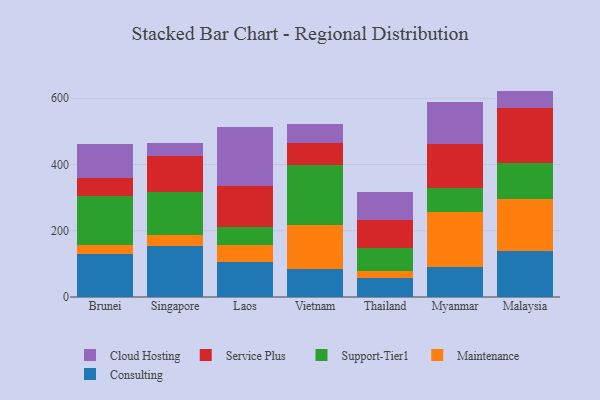
{"axis": {"x": "Country", "y": "Conversion Rate (%)"}, "legend": ["Cloud Hosting", "Consulting", "Maintenance", "Service Plus", "Support-Tier1"], "data": [{"x": "Brunei", "y": 130.1, "type": "Consulting"}, {"x": "Brunei", "y": 27.2, "type": "Maintenance"}, {"x": "Brunei", "y": 146.2, "type": "Support-Tier1"}, {"x": "Brunei", "y": 55.3, "type": "Service Plus"}, {"x": "Brunei", "y": 103.5, "type": "Cloud Hosting"}, {"x": "Singapore", "y": 154.2, "type": "Consulting"}, {"x": "Singapore", "y": 34.0, "type": "Maintenance"}, {"x": "Singapore", "y": 129.0, "type": "Support-Tier1"}, {"x": "Singapore", "y": 110.0, "type": "Service Plus"}, {"x": "Singapore", "y": 38.7, "type": "Cloud Hosting"}, {"x": "Laos", "y": 104.5, "type": "Consulting"}, {"x": "Laos", "y": 52.8, "type": "Maintenance"}, {"x": "Laos", "y": 52.7, "type": "Support-Tier1"}, {"x": "Laos", "y": 125.4, "type": "Service Plus"}, {"x": "Laos", "y": 176.5, "type": "Cloud Hosting"}, {"x": "Vietnam", "y": 85.2, "type": "Consulting"}, {"x": "Vietnam", "y": 132.3, "type": "Maintenance"}, {"x": "Vietnam", "y": 180.0, "type": "Support-Tier1"}, {"x": "Vietnam", "y": 67.3, "type": "Service Plus"}, {"x": "Vietnam", "y": 57.6, "type": "Cloud Hosting"}, {"x": "Thailand", "y": 56.4, "type": "Consulting"}, {"x": "Thailand", "y": 23.1, "type": "Maintenance"}, {"x": "Thailand", "y": 68.0, "type": "Support-Tier1"}, {"x": "Thailand", "y": 86.4, "type": "Service Plus"}, {"x": "Thailand", "y": 82.5, "type": "Cloud Hosting"}, {"x": "Myanmar", "y": 90.4, "type": "Consulting"}, {"x": "Myanmar", "y": 166.9, "type": "Maintenance"}, {"x": "Myanmar", "y": 73.2, "type": "Support-Tier1"}, {"x": "Myanmar", "y": 132.4, "type": "Service Plus"}, {"x": "Myanmar", "y": 125.2, "type": "Cloud Hosting"}, {"x": "Malaysia", "y": 138.0, "type": "Consulting"}, {"x": "Malaysia", "y": 156.7, "type": "Maintenance"}, {"x": "Malaysia", "y": 109.2, "type": "Support-Tier1"}, {"x": "Malaysia", "y": 167.3, "type": "Service Plus"}, {"x": "Malaysia", "y": 51.2, "type": "Cloud Hosting"}]}